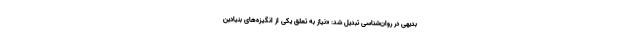
بدیهی در روان‌شناسی تبدیل شد: «نیاز به تعلق یکی از انگیزه‌های بنیادین